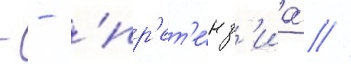
- - 'пр'ет'е́нз'иа' //